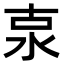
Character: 𣳂